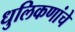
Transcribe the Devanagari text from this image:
धुलिकणांचे